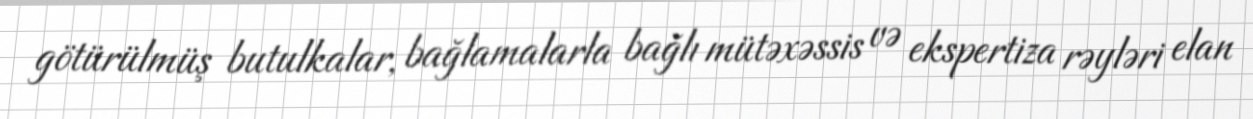
götürülmüş butulkalar, bağlamalarla bağlı mütəxəssis və ekspertiza rəyləri elan